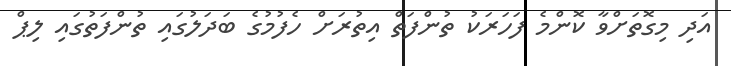
އަދި މިގޮތަށްވާ ކޮންމެ ފަހަރަކު ތުންފަތް އިތުރަށް ހެފުމުގެ ބަދަލުގައި ތުންފަތުގައި ލިޕް